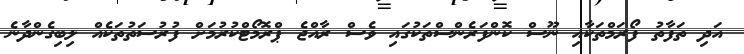
އަދި ތަފާތު ފޯރަމްތަކާއި ނޫސް ކޮންފަރެންސްތަކުގައި ވެސް ރާއްޖެ ޕްރޮމޯޓްކުރުމަށް ފުރުސަތުތަކެއް ލިބިގެންދާނެ